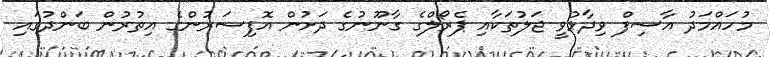
މުހައްމަދު އާސިފް ވިދާޅުވީ ޖަލުތަކާއި ޕެރޯލްގެ ގާނޫނުގެ ދަށުން އޮފިސަރުންގެ އިތުރުން ބަންދުގައި